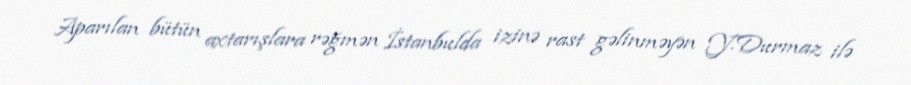
Aparılan bütün axtarışlara rəğmən İstanbulda izinə rast gəlinməyən Y.Durmaz ilə